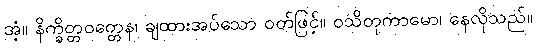
အံ့။ နိက္ခိတ္တဝတ္တေန၊ ချထားအပ်သော ဝတ်ဖြင့်။ ဝသိတုကာမော၊ နေလိုသည်။